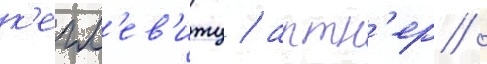
к'егл'ев'итц / артн'ер /